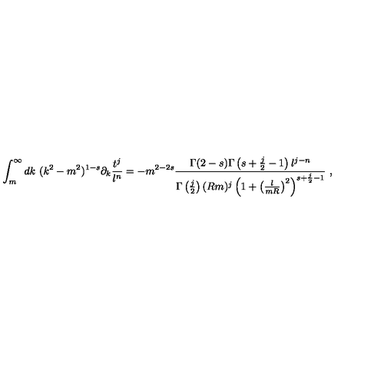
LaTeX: \int _ { m } ^ { \infty } d k \ ( k ^ { 2 } - m ^ { 2 } ) ^ { 1 - s } \partial _ { k } \frac { t ^ { j } } { l ^ { n } } = - m ^ { 2 - 2 s } \frac { \Gamma ( 2 - s ) \Gamma \left( s + \frac j 2 - 1 \right) l ^ { j - n } } { \Gamma \left( \frac j 2 \right) ( R m ) ^ { j } \left( 1 + \left( \frac { l } { m R } \right) ^ { 2 } \right) ^ { s + \frac j 2 - 1 } } \ ,